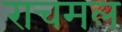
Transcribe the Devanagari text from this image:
राचमल